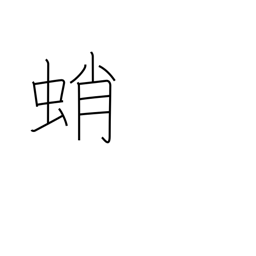
Meaning: octopus